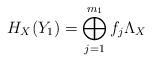
LaTeX: \begin{align*}H_{X}(Y_{1})=\bigoplus_{j=1}^{m_{1}}f_{j} \Lambda_{X}\end{align*}